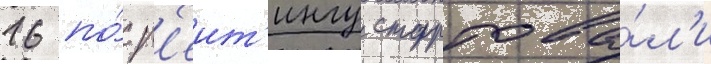
16 по́ р'еит'ингу стартова́л'и